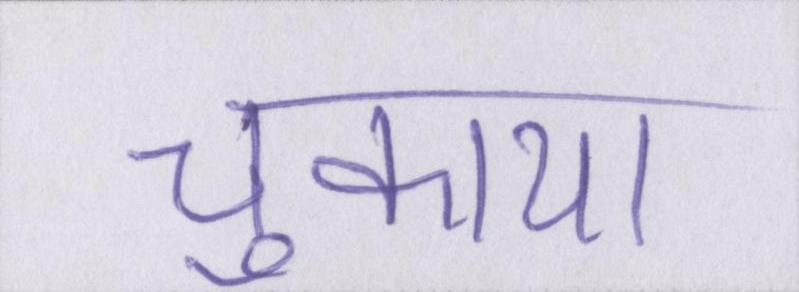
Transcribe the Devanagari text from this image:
चुकाया